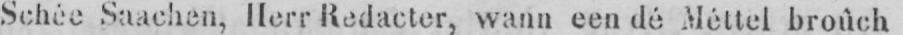
Schée Saachen, Herr Redacter, wann een dé Méttel broûch